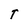
Character: T